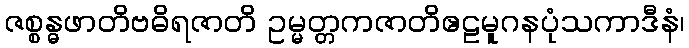
ဇစ္စန္ဓဖာတိဗဓိရဇာတိ ဥမ္မတ္တကဇာတိဧဠမူဂနပုံသကာဒီနံ၊